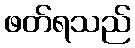
ဖတ်ရသည်